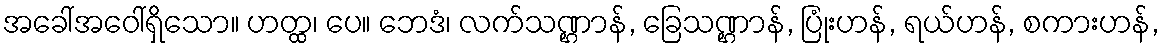
အခေါ်အဝေါ်ရှိသော။ ဟတ္ထ၊ ပေ။ ဘေဒံ၊ လက်သဏ္ဌာန်, ခြေသဏ္ဌာန်, ပြုံးဟန်, ရယ်ဟန်, စကားဟန်,